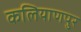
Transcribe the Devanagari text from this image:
कलियाणपुर